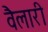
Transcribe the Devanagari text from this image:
वैलारी